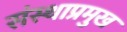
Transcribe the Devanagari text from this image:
संस्थाप्रमुख